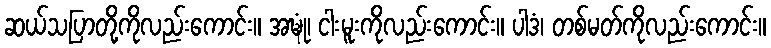
ဆယ်သပြာတို့ကိုလည်းကောင်း။ အဍ္ဎုံ၊ ငါးမူးကိုလည်းကောင်း။ ပါဒံ၊ တစ်မတ်ကိုလည်းကောင်း။